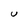
Character: U